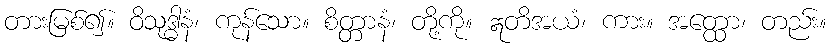
တားမြစ်၍။ ဝိသုဒ္ဓါနံ၊ ကုန်သော။ စိတ္တာနံ၊ တို့ကို။ ဣတိအယံ၊ ကား။ အတ္ထော၊ တည်း။